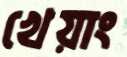
খেয়াং